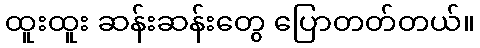
ထူးထူး ဆန်းဆန်းတွေ ပြောတတ်တယ်။